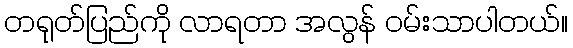
တရုတ်ပြည်ကို လာရတာ အလွန် ဝမ်းသာပါတယ်။